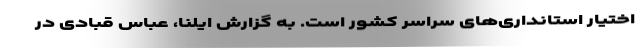
اختیار استانداری‌های سراسر کشور است. به گزارش ایلنا، عباس قبادی در